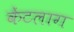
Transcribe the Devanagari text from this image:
केंटलाग